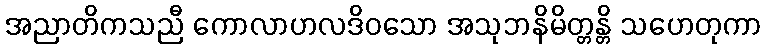
အညာတိကသညီ ကောလာဟလဒိဝသော အသုဘနိမိတ္တန္တိ သဟေတုကာ